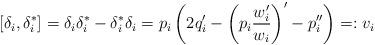
LaTeX: \begin{align*}[\delta_i,\delta_i^*]=\delta_i\delta_i^*-\delta_i^*\delta_i=p_i\left(2q_i'-\left(p_i\frac{w_i'}{w_i}\right)'-p_i''\right)=:v_i\end{align*}